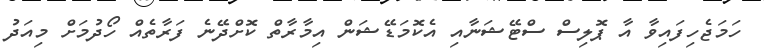
ހަމަޖެހިފައިވާ އާ ޕޮލިސް ސްޓޭޝަނާއި އެކޮމަޑޭޝަން އިމާރާތް ކޮށްދޭނެ ފަރާތެއް ހޯދުމަށް މިއަދު